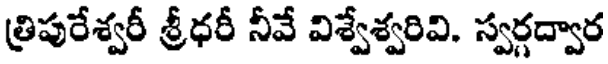
త్రిపురేశ్వరీ శ్రీధరీ నీవే విశ్వేశ్వరివి. స్వర్గద్వార